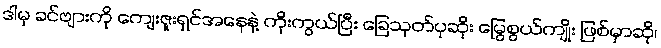
ဒါမှ ခင်ဗျားကို ကျေးဇူးရှင်အနေနဲ့ ကိုးကွယ်ပြီး ခြေသုတ်ပုဆိုး မြွေစွယ်ကျိုး ဖြစ်မှာဆို၊